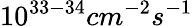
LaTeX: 10^{33-34}cm^{-2}s^{-1}